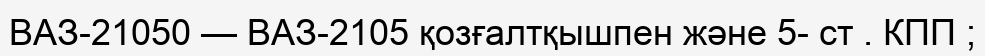
ВАЗ-21050 — ВАЗ-2105 қозғалтқышпен және 5- ст . КПП ;